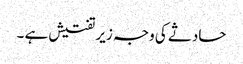
حادثے کی وجہ زیر تفتیش ہے ۔